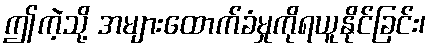
ဤကဲ့သို့ အများထောက်ခံမှုကိုရယူနိုင်ခြင်း၊